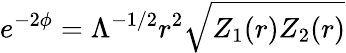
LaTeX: e^{-2\phi}=\Lambda^{-1/2}r^{2}\sqrt{Z_{1}(r)Z_{2}(r)}